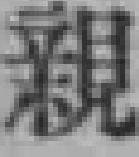
親